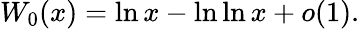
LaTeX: W_{0}(x)=\ln x-\ln\ln x+o(1).